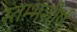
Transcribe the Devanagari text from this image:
स्तम्भशीर्ष